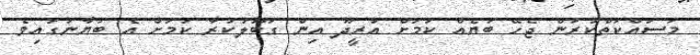
މަސައްކަތްކުރަން ޖެހޭ ބަޔެއް ކަމަށް އުރީދޫ އިން ގަބޫލުކުރާ ކަމަށް އެ ބަޔާނުގައިވެ